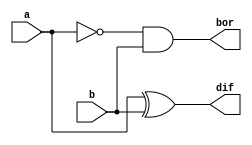
// A half subtractor is a combinational circuit which is used to perform subtraction of two bits and it has two inputs and two outputs
// namely difference and borrow.

module half_sub(a,b,dif,bor);
  input a,b;
 // output dif,bor;
  output reg dif,bor;
  //assign dif=a^b;
 // assign bor=!a&b;
  always @(*)
    begin
        dif <= a^b;
        bor <= !a&b;
    end
endmodule